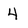
Character: 4